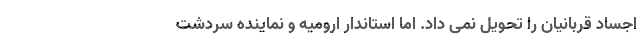
اجساد قربانیان را تحویل نمی داد. اما استاندار ارومیه و نماینده سردشت